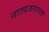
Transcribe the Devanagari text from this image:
नाट्यजगताला